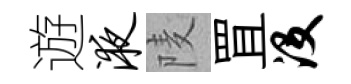
遊液𨹧罝没